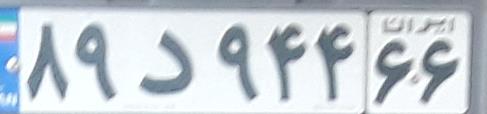
۸۹د۹۴۴۶۶